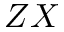
Z X